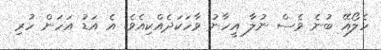
ހެލޯއޭ ބުނެ ވެސް ނުލާ އީހާނު ވާހަކަދެއްކިއެވެ. އެ އަޑު އަހަން ހުރި